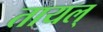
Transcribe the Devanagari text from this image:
तायल्